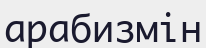
арабизмін